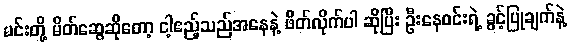
မင်းတို့ မိတ်ဆွေဆိုတော့ ငါ့ဧည့်သည်အနေနဲ့ ဖိတ်လိုက်ပါ ဆိုပြီး ဦးနေဝင်းရဲ့ ခွင့်ပြုချက်နဲ့